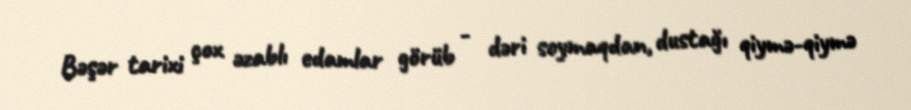
Bəşər tarixi çox əzablı edamlar görüb - dəri soymaqdan, dustağı qiymə-qiymə